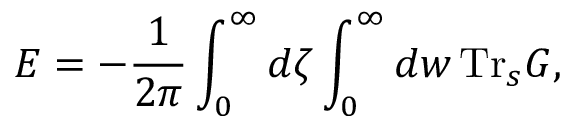
E = - { \frac { 1 } { 2 \pi } } \int _ { 0 } ^ { \infty } d \zeta \int _ { 0 } ^ { \infty } d w \, \mathrm { T r } _ { s } G ,